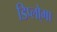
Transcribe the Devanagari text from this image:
डिप्लो्मा